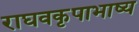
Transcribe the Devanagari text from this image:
राघवकृपाभाष्य